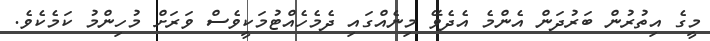
މީގެ އިތުރުން ބަރުދަން އެންމެ އެދެވޭ މިނެއްގައި ދެމެހެއްޓުމަކީވެސް ވަރަށް މުހިންމު ކަމެކެވެ.